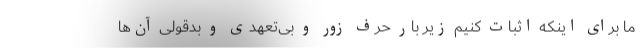
ما برای اینکه اثبات کنیم زیر بار حرف زور و بی‌تعهدی و بدقولی آن‌ها